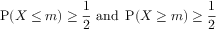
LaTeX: \operatorname { P } ( X \leq m ) \geq { \frac { 1 } { 2 } } { \mathrm { ~ a n d ~ } } \operatorname { P } ( X \geq m ) \geq { \frac { 1 } { 2 } }